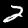
Label: 2